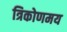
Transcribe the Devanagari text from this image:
त्रिकोणमय